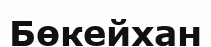
Бөкейхан